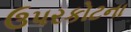
ઉપરકોટના